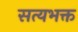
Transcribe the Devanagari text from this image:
सत्यभक्त